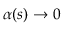
\alpha ( s ) \to 0